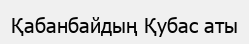
Қабанбайдың Қубас аты